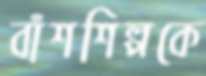
বাঁশশিল্পকে